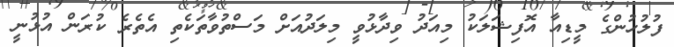
ފުލުހުންގެ މީޑިއާ އޮފިޝަލަކު މިއަދު ވިދާޅުވީ މިލަދުއަށް މަސްތުވާތަކެތި އެތެރެ ކުރަން އުޅުނީ